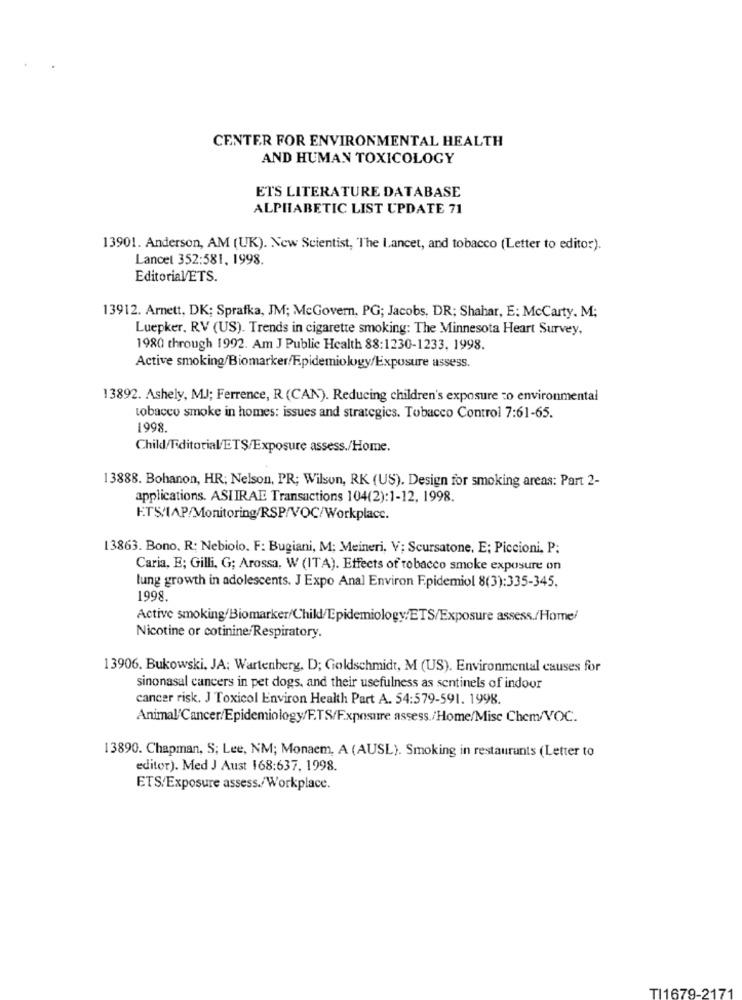
CENTER FOR ENVIRONMENTAL HEALTH
AND HUMAN TOXICOLOGY
ETS LITERATURE DATABASE
ALPHABETIC LIST UPDATE 71
13901. Anderson, AM (UK). New Scientist, The Lancet, and tobacco (Letter to editor).
Lancet 352:581, 1998.
Editorial/ETS.
13912. Arnett. DK: Sprafka, JM; McGovern, PG; Jacobs, DR; Shahar, E: McCarty. M;
Luepker, RV (US). Trends in cigarette smoking: The Minnesota Heart Survey,
1980 through 1992. Am J Public Health 88:1230-1233, 1998.
Active smoking/Biomarker/Epidemiology/Exposure assess.
13892. Ashely, MJ; Ferrence, R (CAN). Reducing children's exposure to environmental
tobacco smoke in homes: issues and strategics. Tobacco Control 7:61-65.
1998.
Child/Editorial/ETS/Exposure assess./Home.
13888. Bohanon, HR: Nelson, PR; Wilson, RK (US). Design for smoking areas: Part 2-
applications. ASIIRAE Transactions 104(2):1-12, 1998.
ETS/IAP/Monitoring/RSP/VOC/Workplace.
13863. Bono, R: Nebiolo. F: Bugiani, M: Meineri. V; Scursatone. E; Piccioni, P:
Caria, E; Gilli, G; Arossa, W (ITA). Effects of tobacco smoke exposure on
lung growth in adolescents. J Expo Anal Environ Epidemiol 8(3):335-345.
1998.
Active smoking/Biomarker/Child/Epidemiology/ETS/Exposure assess./Home/
Nicotine or cotinine/Respiratory.
13906. Bukowski, JA; Wartenberg, D; Goldschmidt, M (US). Environmental causes for
sinonasal cancers in pet dogs, and their usefulness as sentinels of indoor
cancer risk. J Toxicol Environ Health Part A. 54:579-591. 1998.
Animal/Cancer/Epidemiology/F.TS/Exposure assess./Home/Misc Chem/VOC.
13890. Chapman, S; Lee, NM; Monaem, A (AUSL). Smoking in restaurants (Letter to
editor). Med J Aust 168:637, 1998.
ETS/Exposure assess./Workplace.
TI1679-2171